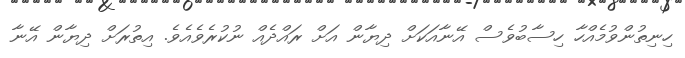
ހިނިތުންވުމެއްްހާ ހިސާބުވެސް އޭނާއަކަށް ދިޔާން އަށް ރައްދެއް ނުކުރެވެއެވެ. އިތުރަށް ދިޔާން އޭނާ